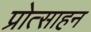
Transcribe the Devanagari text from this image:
प्रोत्साहन